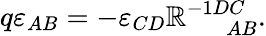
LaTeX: q\varepsilon_{AB}=-\varepsilon_{CD}\mathbb{R}_{\; \; \; \; \; AB}^{-1DC}.